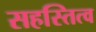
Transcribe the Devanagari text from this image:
सहस्तित्व